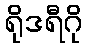
ရိုဒရီဂို